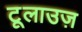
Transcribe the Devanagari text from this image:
टूलाउज़